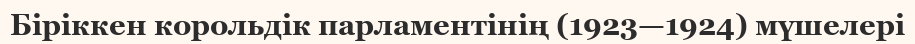
Біріккен корольдік парламентінің (1923—1924) мүшелері